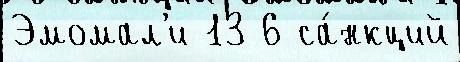
Эмомал'и 13 6 са́нкций